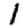
Digit: 1